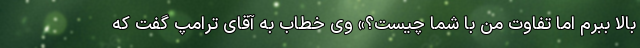
بالا ببرم اما تفاوت من با شما چیست؟» وی خطاب به آقای ترامپ گفت که